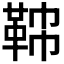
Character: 𩊟